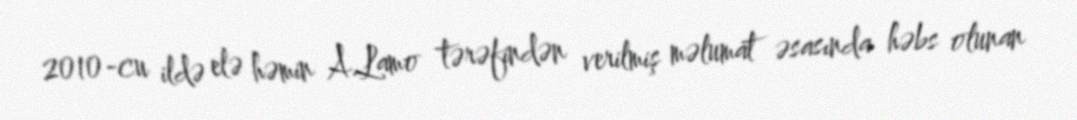
2010-cu ildə elə həmin A.Lamo tərəfindən verilmiş məlumat əsasında həbs olunan